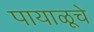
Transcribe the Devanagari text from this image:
पायाळूचे